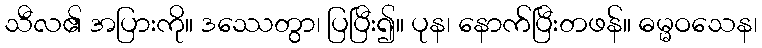
သီလ၏ အပြားကို။ ဒဿေတွာ၊ ပြပြီး၍။ ပုန၊ နောက်ပြီးတဖန်။ ဓမ္မဝသေန၊